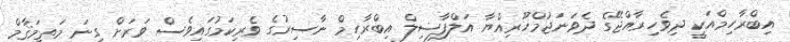
އިބްރާހިމްއަކީ ދިވެހިރާއްޖޭގެ ދެވަނަޖުމްހޫރިއްޔާ އަލްފާޟިލް އިބްރާހިމް ނާސިރުގެ ވެރިކަމުގައިވެސް ވަރަށް ގިނަ މަތީމަޤާމް